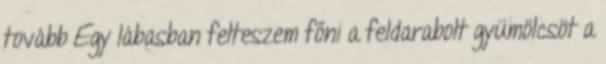
tovább Egy lábasban felteszem főni a feldarabolt gyümölcsöt a